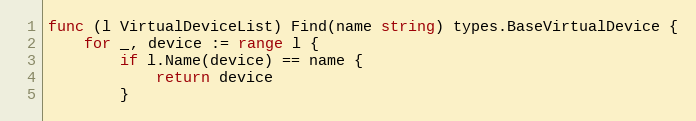
Language: Go
func (l VirtualDeviceList) Find(name string) types.BaseVirtualDevice {
	for _, device := range l {
		if l.Name(device) == name {
			return device
		}